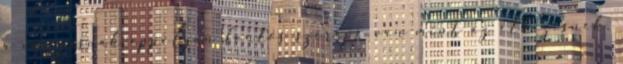
a mozgásnak éppolyan fontos szerepe van mint az étkezésnek.